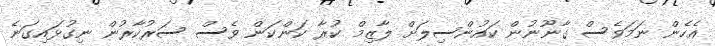
އެހެން ނަމަވެސް ގާނޫނުން ކައުންސިލަށް ލާޒިމް ކުރާ ކަންކަން ވެސް ސަރުކާރުން ނިގުޅައިގަނެ